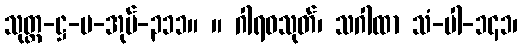
သုတ္တ-ဋ္ဌ-ပ-အုပ်-၃၁၁။ ။ ဂါရဝသုတ်၊ သဂါထာ သံ-ပါ-၁၄၁၊